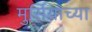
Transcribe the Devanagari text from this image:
मुर्सियाच्या